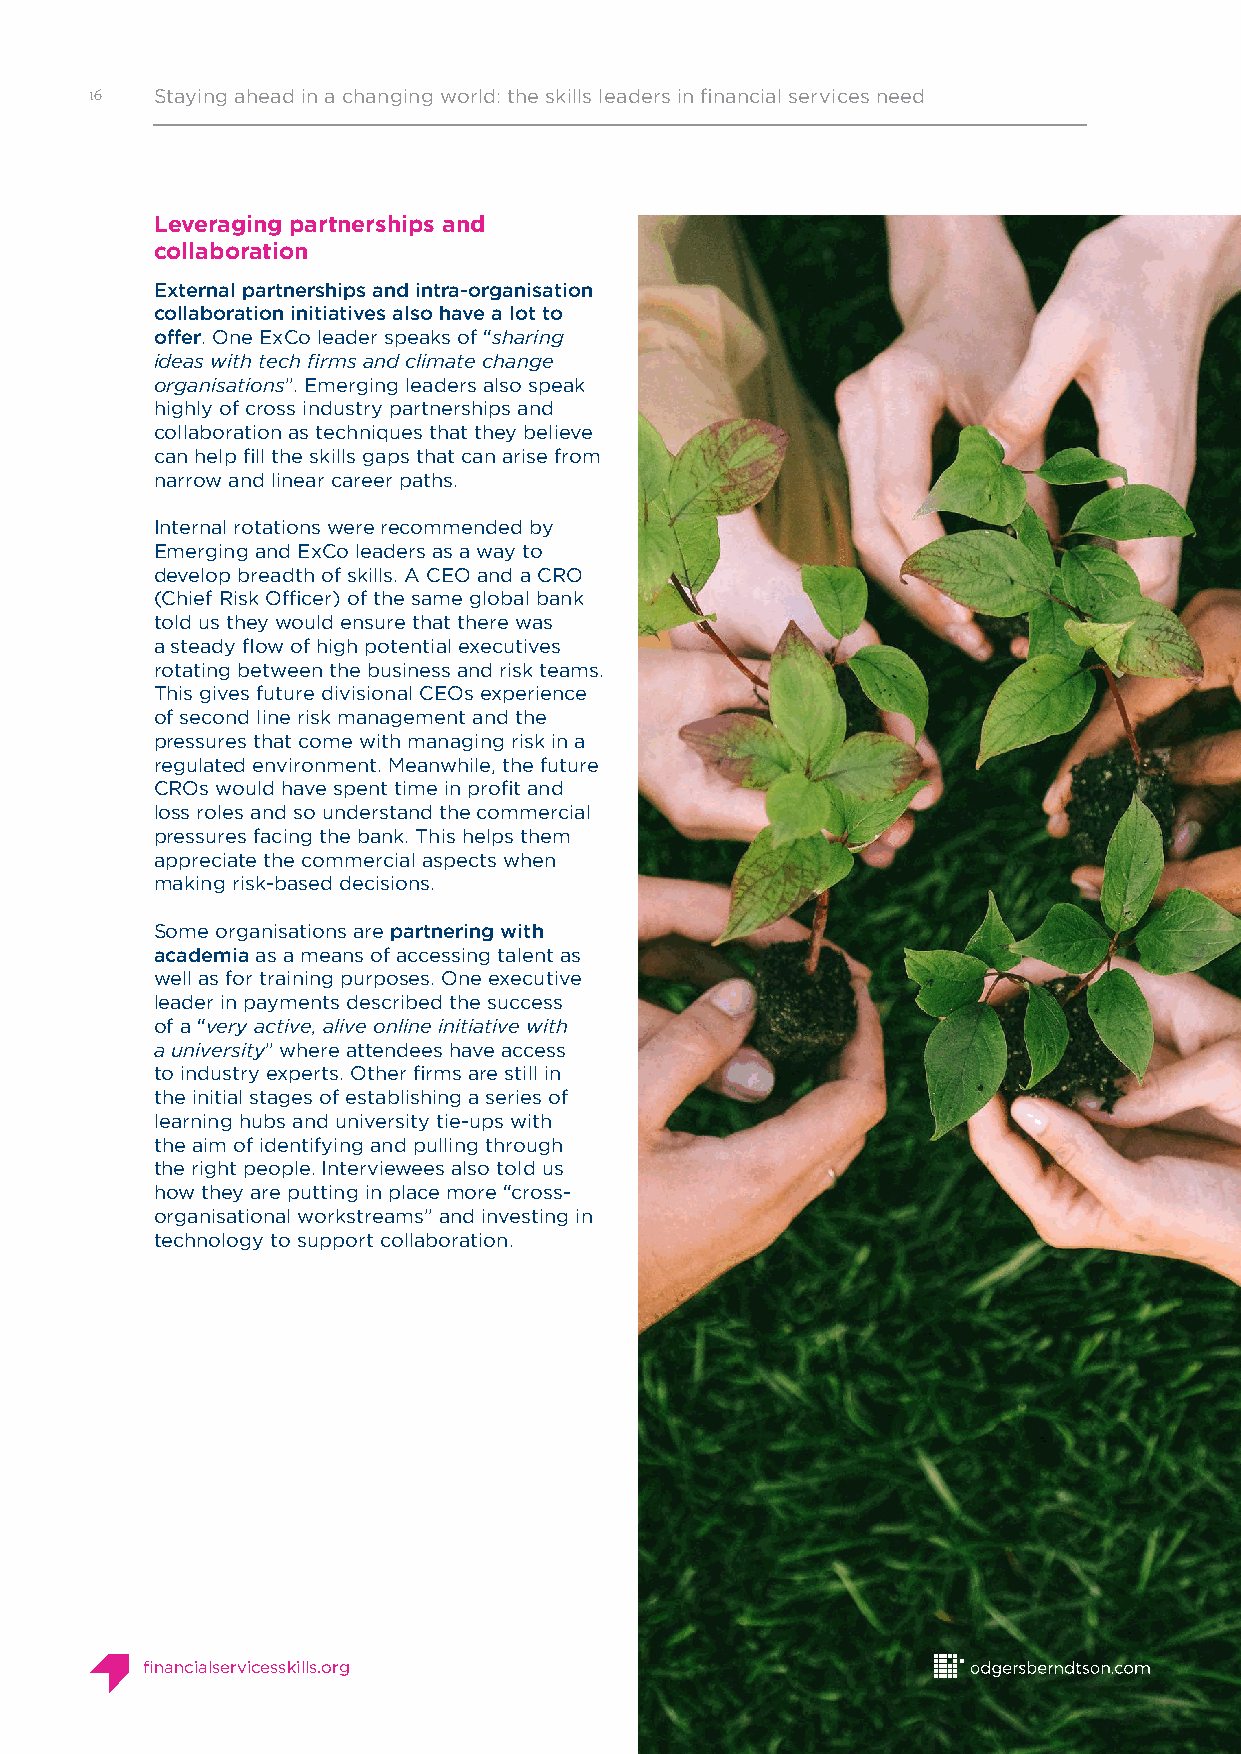
16  Staying ahead in a changing world: the skills leaders in financial services need
 Leveraging partnerships and
 collaboration
 External partnerships and intra-organisation
 collaboration initiatives also have a lot to
 offer. One ExCo leader speaks of “sharing
 ideas with tech firms and climate change
 organisations”. Emerging leaders also speak
 highly of cross industry partnerships and
 collaboration as techniques that they believe
 can help fill the skills gaps that can arise from
 narrow and linear career paths.
 Internal rotations were recommended by
 Emerging and ExCo leaders as a way to
 develop breadth of skills. A CEO and a CRO
 (Chief Risk Officer) of the same global bank
 told us they would ensure that there was
 a steady flow of high potential executives
 rotating between the business and risk teams.
 This gives future divisional CEOs experience
 of second line risk management and the
 pressures that come with managing risk in a
 regulated environment. Meanwhile, the future
 CROs would have spent time in profit and
 loss roles and so understand the commercial
 pressures facing the bank. This helps them
 appreciate the commercial aspects when
 making risk-based decisions.
 Some organisations are partnering with
 academia as a means of accessing talent as
 well as for training purposes. One executive
 leader in payments described the success
 of a “very active, alive online initiative with
 a university” where attendees have access
 to industry experts. Other firms are still in
 the initial stages of establishing a series of
 learning hubs and university tie-ups with
 the aim of identifying and pulling through
 the right people. Interviewees also told us
 how they are putting in place more “cross-
 organisational workstreams” and investing in
 technology to support collaboration.
 financialservicesskills.org